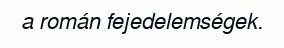
a román fejedelemségek.